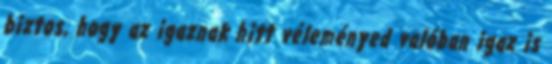
biztos, hogy az igaznak hitt véleményed valóban igaz is